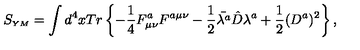
S _ { \scriptscriptstyle Y M } = \int d ^ { 4 } x T r \left\{ - \frac { 1 } { 4 } F _ { \mu \nu } ^ { a } F ^ { a \mu \nu } - \frac { 1 } { 2 } \bar { \lambda ^ { a } } \hat { D } \lambda ^ { a } + \frac { 1 } { 2 } ( D ^ { a } ) ^ { 2 } \right\} ,